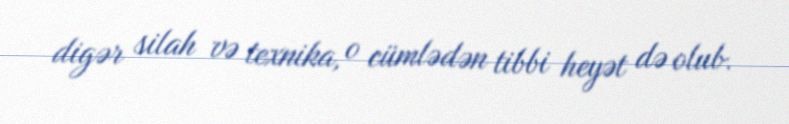
digər silah və texnika, o cümlədən tibbi heyət də olub.